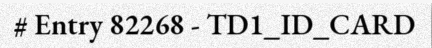
# Entry 82268 - TD1_ID_CARD